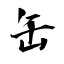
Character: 缶